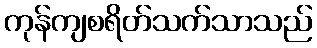
ကုန်ကျစရိတ်သက်သာသည်